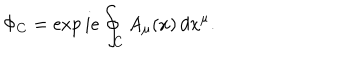
\Phi _ { C } = \exp i e \oint _ { C } A _ { \mu } ( x ) \, d x ^ { \mu } .